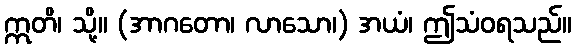
ဣတိ၊ သို့။ (အာဂတော၊ လာသော၊) အယံ၊ ဤသံဝရသည်။